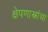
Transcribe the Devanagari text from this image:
क्षेपणास्त्रांचा